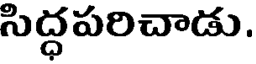
సిద్ధపరిచాడు.